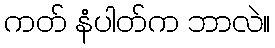
ကတ် နံပါတ်က ဘာလဲ။